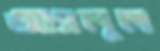
আসলুল